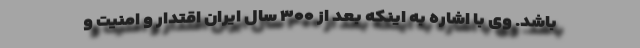
باشد. وی با اشاره به اینکه بعد از ۳۰۰ سال ایران اقتدار و امنیت و